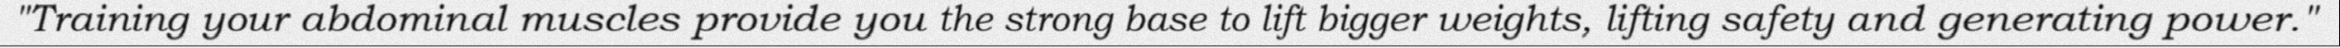
"Training your abdominal muscles provide you the strong base to lift bigger weights, lifting safety and generating power."